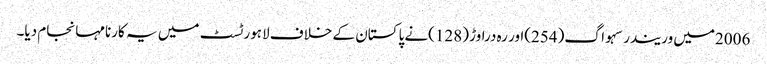
2006میں وریندر سہواگ(254)اور رہ دراوڑ (128)نے پاکستان کے خلاف لاہور ٹسٹ میں یہ کارنامہانجام دیا۔